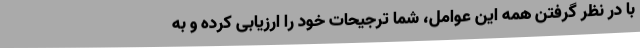
با در نظر گرفتن همه این عوامل، شما ترجیحات خود را ارزیابی کرده و به